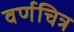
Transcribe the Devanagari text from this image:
वर्णचित्र